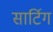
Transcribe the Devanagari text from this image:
सार्टिग